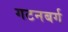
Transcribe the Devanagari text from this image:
गटनबर्ग